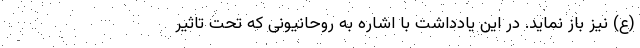
(ع) نیز باز نماید. در این یادداشت با اشاره به روحانیونی که تحت تاثیر